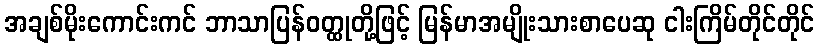
အချစ်မိုးကောင်းကင် ဘာသာပြန်ဝတ္ထုတို့ဖြင့် မြန်မာအမျိုးသားစာပေဆု ငါးကြိမ်တိုင်တိုင်